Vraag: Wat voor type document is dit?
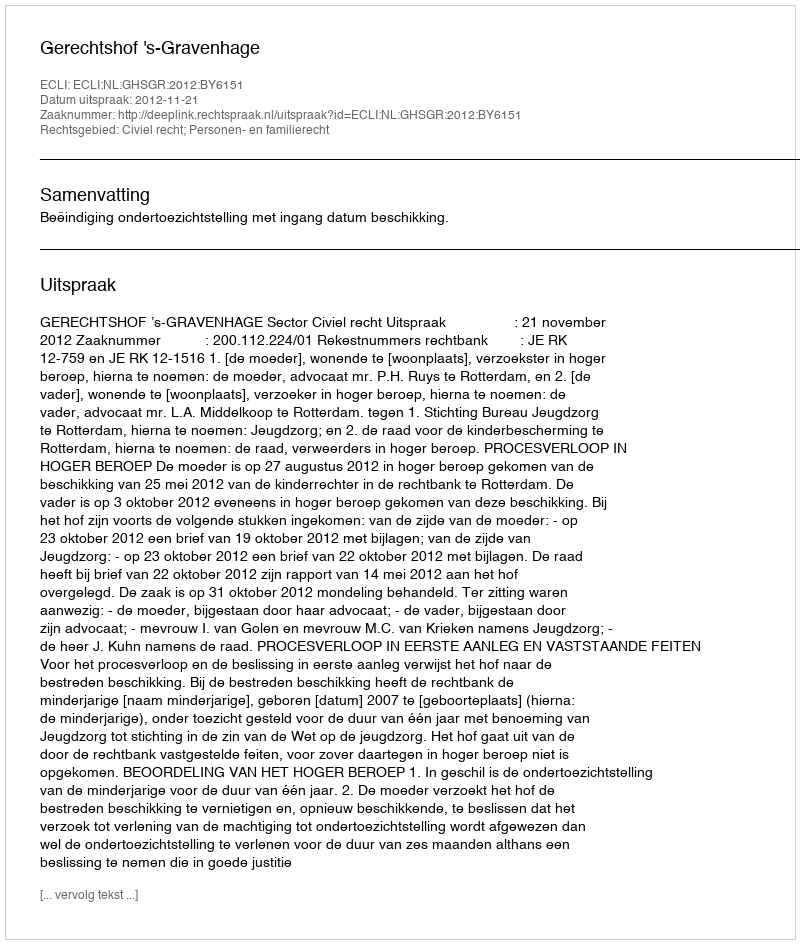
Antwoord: Uitspraak